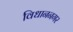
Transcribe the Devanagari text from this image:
विधाननगर